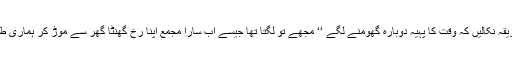
‘‘ہاں بھئی بقراط کیا طریقہ نکالیں کہ وقت کا پہیہ دوبارہ گھومنے لگے ‘‘ مجھے تو لگتا تھا جیسے اب سارا مجمع اپنا رخ گھنٹا گھر سے موڑ کر ہماری طرف متوجہ ہو چکا ہے۔